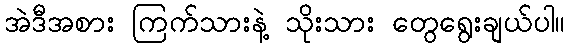
အဲဒီအစား ကြက်သားနဲ့ သိုးသား တွေရွေးချယ်ပါ။